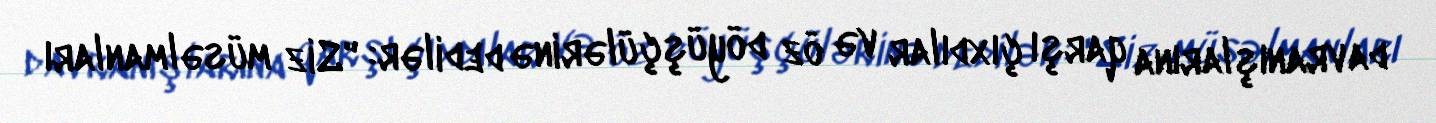
davranışlarına qarşı çıxdılar və öz döyüşçülərinə dedilər: "Siz müsəlmanları